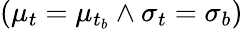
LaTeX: (\mu_{t}=\mu_{t_{b}}\land\sigma_{t}=\sigma_{b})